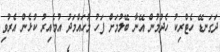
ދަގަނޑޭ ހެޓްރިކު ހެދުމުން އޭނާ ބޭލުމަށް ފަހު މުހައްމަދު އުމެއިރު ކުޅެން އެރުވި